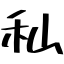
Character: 秈